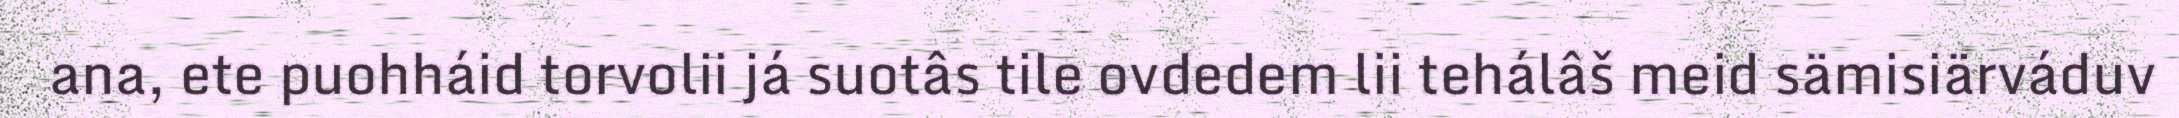
ana, ete puohháid torvolii já suotâs tile ovdedem lii tehálâš meid sämisiärváduv